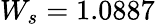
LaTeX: W_{s}=1.0887